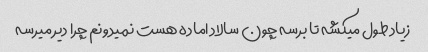
زیاد طول میکشه تا برسه چون سالاد اماده هست نمیدونم چرا دیر میرسه